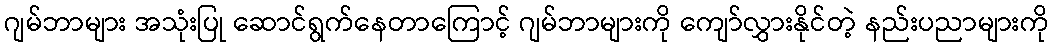
ဂျမ်ဘာများ အသုံးပြု ဆောင်ရွက်နေတာကြောင့် ဂျမ်ဘာများကို ကျော်လွှားနိုင်တဲ့ နည်းပညာများကို